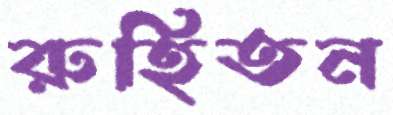
রুহিতন